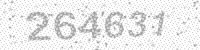
Solution: 264631